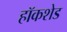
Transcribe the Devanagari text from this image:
हॉकशेड